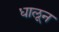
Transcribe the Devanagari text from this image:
धालून